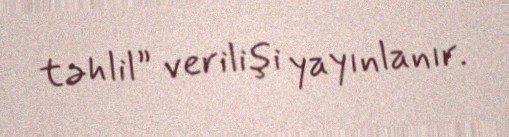
təhlil” verilişi yayınlanır.